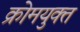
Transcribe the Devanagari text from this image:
क्रोमयुक्त